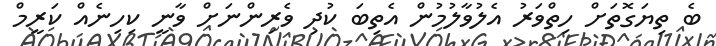
ބެ ތިޔަގޮތަށް ހިތްވަރު އެލުވާލުމުން އެތިބަ ކުދި ވެރިންނަށް ވާނީ ކިހިނެއް ކަރީމް